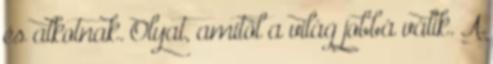
és alkotnak. Olyat, amitől a világ jobbá válik. A